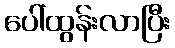
ပေါ်ထွန်းလာပြီး